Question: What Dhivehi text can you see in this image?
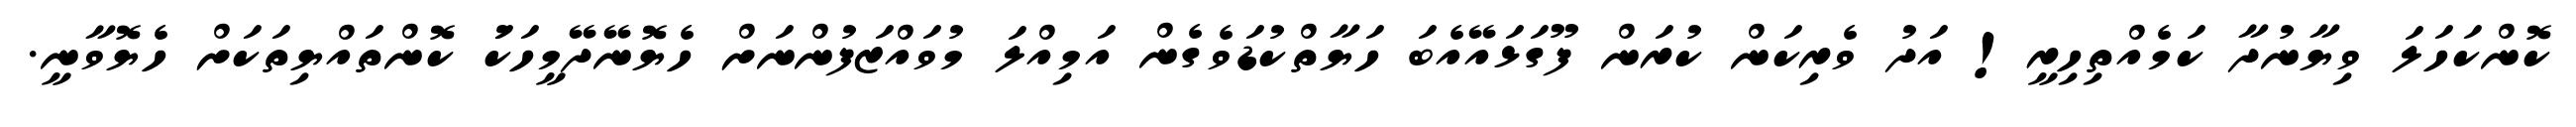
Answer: ކޮންކަހަލަ ވިޔާނުދާ ކަމެއްތިހިރީ! އަދު ވެރިކަން ކުރަން ފޫގަޅައޭއެބަ ހަޔާތްކުޑަވެގެން އަމިއްލަ މުވައްޒަފުންނަށް ހެޔޮނޭދޭމީހަކަު ކޮންތައްޔިތަކަށް ހެޔޮވާނީ.